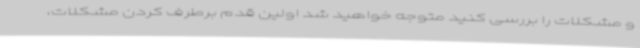
و مشکلات را بررسی کنید متوجه خواهید شد اولین قدم برطرف کردن مشکلات،